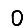
Digit: 0